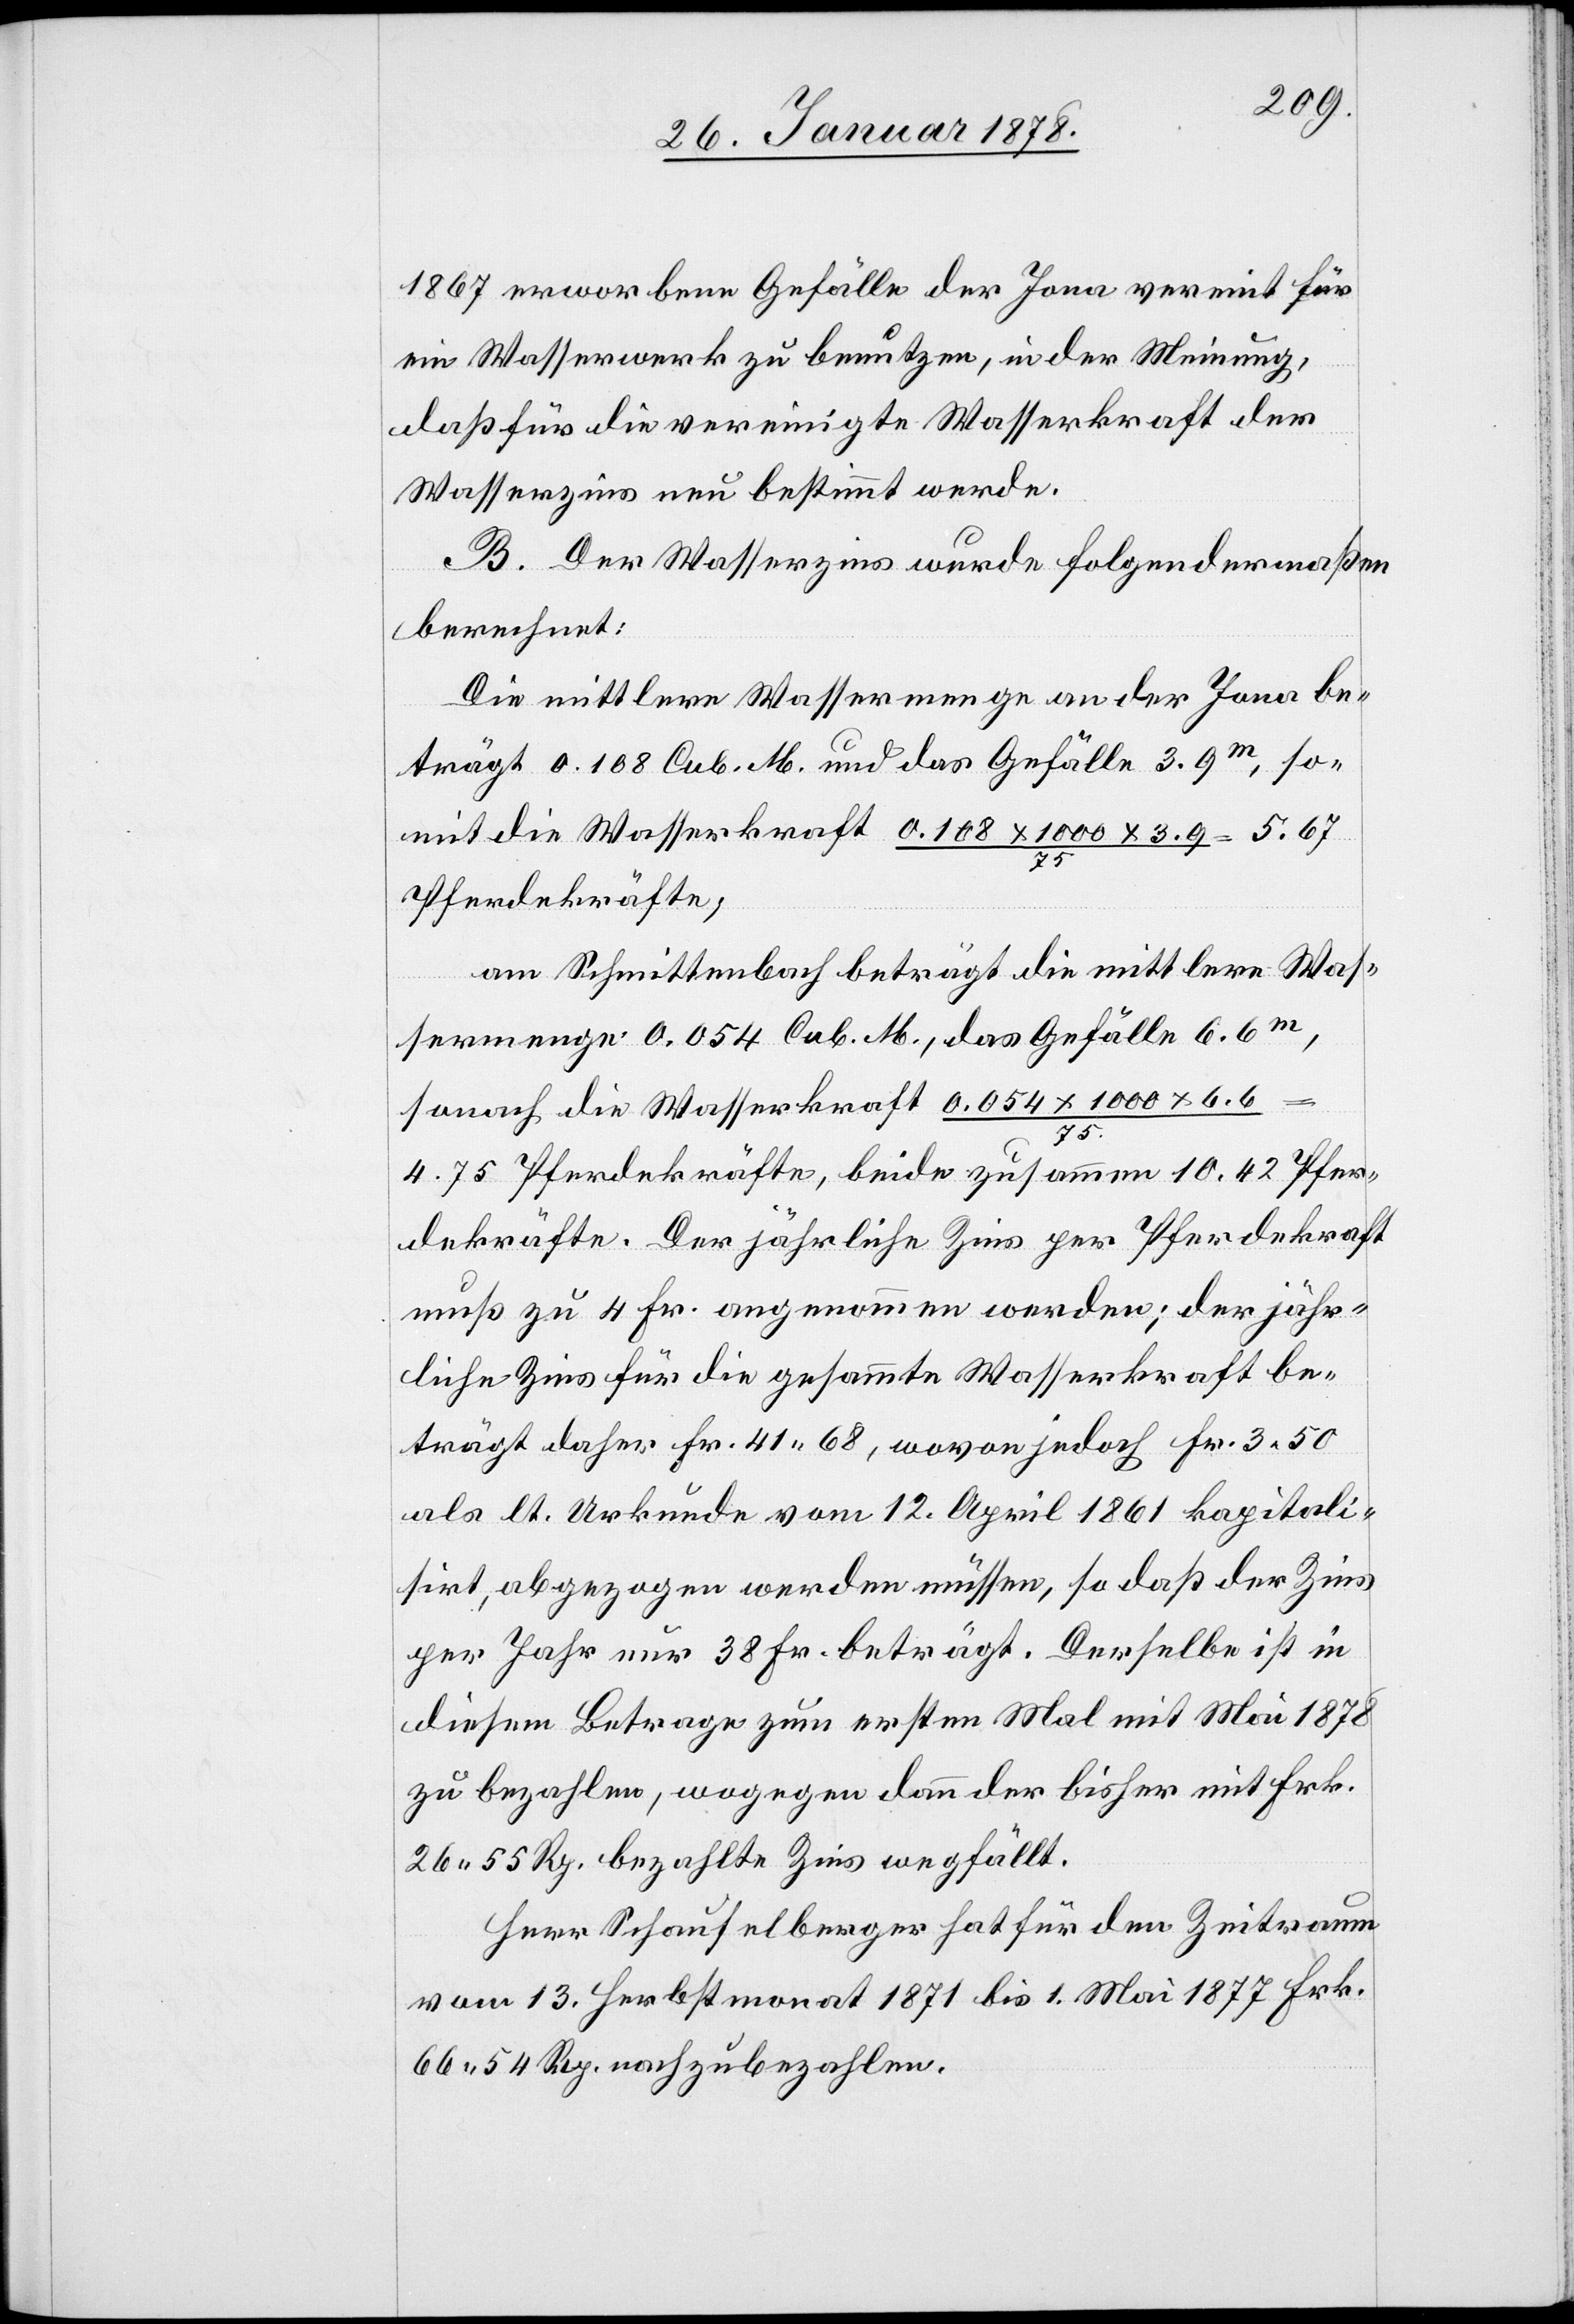
1867 erworbene Gefälle der Jona vereint für
ein Wasserwerk zu benutzen, in der Meinung,
daß für die vereinigte Wasserkraft der
Wasserzins neu bestimmt werde.
B. Der Wasserzins wurde folgendermaßen
berechnet:
Die mittlere Wassermenge an der Jona be¬
trägt 0.108 Cub. M. und das Gefälle 3.9 m, so¬
mit die Wasserkraft 0.108 x 1000 x 3.9 / 75
Pferdekräfte,
am Schmittenbach beträgt die mittlere Was¬
sermenge 0.054 Cub. M., das Gefälle 6.6 m,
sonach die Wasserkraft 0.054 x 1000 x 6.6
75.
4.75 Pferdekräfte, beide zusammen 10.42 Pfer¬
dekräfte. Der jährliche Zins per Pferdekraft
muß zu 4 Fr. angenommen werden; der jähr¬
liche Zins für die gesammte Wasserkraft be¬
trägt daher Fr. 41.68, wovon jedoch Fr. 3.50
als lt. Urkunde vom 12. April 1861 kapitali¬
sirt, abgezogen werden müssen, so daß der Zins
per Jahr nur 38 Fr. beträgt. Derselbe ist in
diesem Betrage zum ersten Mal mit Mai 1878
zu bezahlen, wogegen dann der bisher mit Frk.
26. 55 Rp. bezahlte Zins wegfällt.
Herr Schaufelberger hat für den Zeitraum
vom 13. Herbstmonat 1871 bis 1. Mai 1877 Frk.
66. 54 Rp. nachzubezahlen.